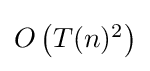
{\textstyle O\left(T(n)^{2}\right)}